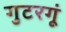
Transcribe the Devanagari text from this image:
गुटरगूं